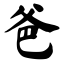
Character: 爸